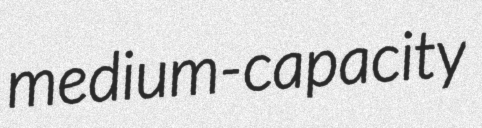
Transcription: medium-capacity